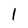
Character: I